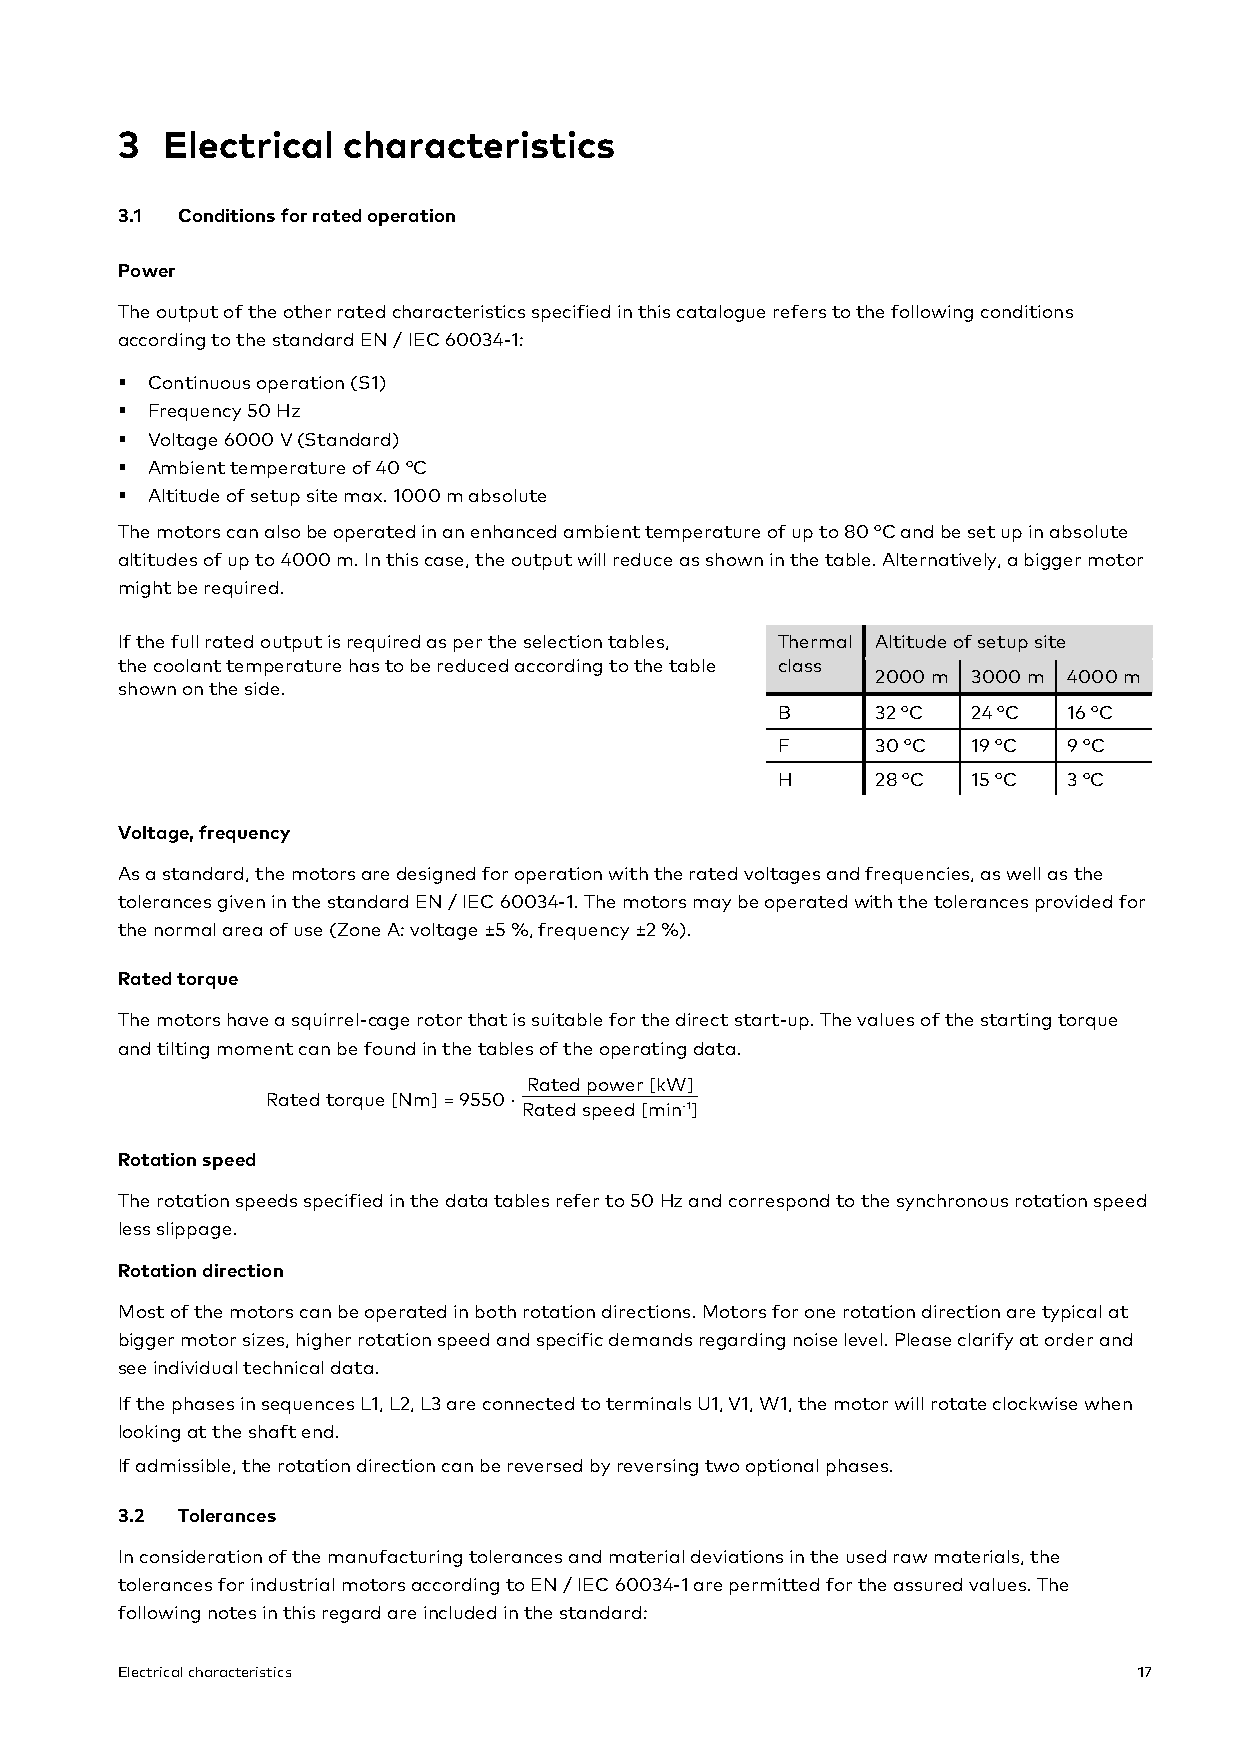
3  Electrical  characteristics
 3.1 Conditions for rated operation
 Power
 The output of the other rated characteristics specified in this catalogue refers to the following conditions
 according to the standard EN / IEC 60034-1:
 § Continuous operation (S1)
 § Frequency 50 Hz
 § Voltage 6000 V (Standard)
 § Ambient temperature of 40 °C
 § Altitude of setup site max. 1000 m absolute
 The motors can also be operated in an enhanced ambient temperature of up to 80 °C and be set up in absolute
 altitudes of up to 4000 m. In this case, the output will reduce as shown in the table. Alternatively, a bigger motor
 might be required.
 If the full rated output is required as per the selection tables, Thermal Altitude of setup site
 the coolant temperature has to be reduced according to the table class
 2000 m 3000 m 4000 m
 shown on the side.
 B      32 °C 24 °C  16 °C
 F      30 °C 19 °C  9 °C
 H      28 °C 15 °C  3 °C
 Voltage, frequency
 As a standard, the motors are designed for operation with the rated voltages and frequencies, as well as the
 tolerances given in the standard EN / IEC 60034-1. The motors may be operated with the tolerances provided for
 the normal area of use (Zone A: voltage ±5 %, frequency ±2 %).
 Rated torque
 The motors have a squirrel-cage rotor that is suitable for the direct start-up. The values of the starting torque
 and tilting moment can be found in the tables of the operating data.
 Rated power [kW]
 Rated torque [Nm] = 9550 ·
 Rated speed [min-1]
 Rotation speed
 The rotation speeds specified in the data tables refer to 50 Hz and correspond to the synchronous rotation speed
 less slippage.
 Rotation direction
 Most of the motors can be operated in both rotation directions. Motors for one rotation direction are typical at
 bigger motor sizes, higher rotation speed and specific demands regarding noise level. Please clarify at order and
 see individual technical data.
 If the phases in sequences L1, L2, L3 are connected to terminals U1, V1, W1, the motor will rotate clockwise when
 looking at the shaft end.
 If admissible, the rotation direction can be reversed by reversing two optional phases.
 3.2 Tolerances
 In consideration of the manufacturing tolerances and material deviations in the used raw materials, the
 tolerances for industrial motors according to EN / IEC 60034-1 are permitted for the assured values. The
 following notes in this regard are included in the standard:
 Electrical characteristics                                         17